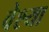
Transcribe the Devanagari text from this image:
वेश्‍या